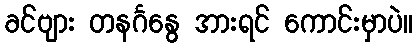
ခင်ဗျား တနင်္ဂနွေ အားရင် ကောင်းမှာပဲ။